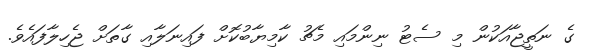
ގެ ނަތީޖާއަކުން މި ސެޓު ނިންމައި މެޗު ކާމިޔާބުކޮށް ފައިނަލާއި ގާތަށް ޖެހިލާފައެވެ.